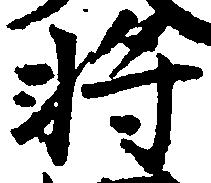
将